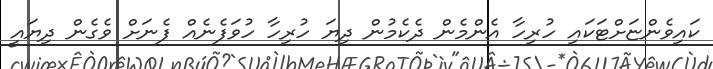
ކައިވެންޏަށްޓަކައި ހުރިހާ އެންމެން ދެކެމުން ދިޔަ ހުރިހާ ހުވަފެނެއް ފެނަށް ވެގެން ދިޔައީ